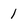
Character: l